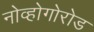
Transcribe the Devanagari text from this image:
नोव्होगोरोड